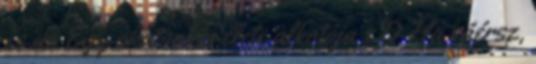
és az Egy akatsukis élete alkotója xD Ha ráérsz,